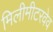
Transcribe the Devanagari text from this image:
मिलीमीटरवेव